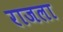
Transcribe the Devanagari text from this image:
राजला